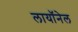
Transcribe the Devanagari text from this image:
लायॉनेल